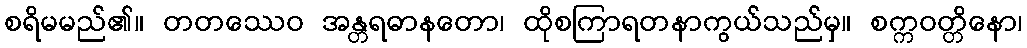
စရိမမည်၏။ တတဿေဝ အန္တရဓာနတော၊ ထိုစကြာရတနာကွယ်သည်မှ။ စက္ကဝတ္တိနော၊